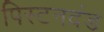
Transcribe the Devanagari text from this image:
पिस्टनदंड